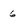
Character: 6